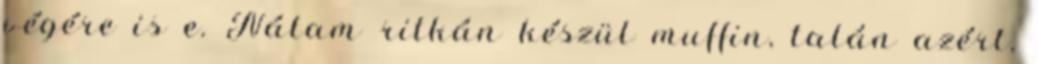
végére is e. Nálam ritkán készül muffin, talán azért,